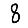
Digit: 8